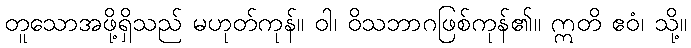
တူသောအဖို့ရှိသည် မဟုတ်ကုန်။ ဝါ၊ ဝိသဘာဂဖြစ်ကုန်၏။ ဣတိ ဧဝံ၊ သို့။